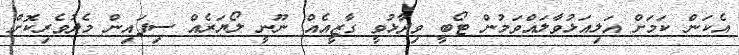
އެކަން ކަމަށް އަލިއަޅުވާލައްވަމުން ޓޯބީ ވިދާޅުވީ ގާޒީއެއް ނޫނީ ލޯޔަރެއް ސިފައިން މެދުވެރިކޮށް